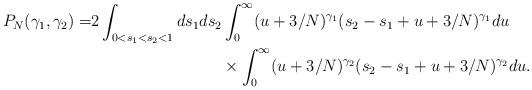
LaTeX: \begin{align*}P_N(\gamma_1,\gamma_2)=&2 \int_{0<s_1<s_2<1} ds_1ds_2 \int_{0}^{\infty} (u+3/N)^{\gamma_1} (s_2-s_1+u+3/N)^{\gamma_1} du \\&\qquad\qquad\qquad\qquad\times \int_{0}^{\infty} (u+3/N)^{\gamma_2} (s_2-s_1+u+3/N)^{\gamma_2} du.\end{align*}